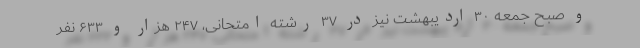
و صبح جمعه ۳۰ اردیبهشت نیز در ۳۷ رشته امتحانی، ۲۴۷ هزار و ۶۳۳ نفر